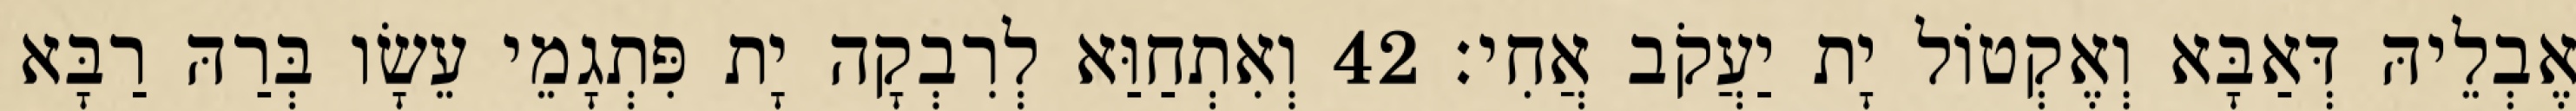
אֶבְלֵיהּ דְּאַבָּא וְאֶקְטוֹל יָת יַעֲקֹב אֲחִי׃ 42 וְאִתְחַוַּא לְרִבְקָה יָת פִּתְגָמֵי עֵשָׂו בְּרַהּ רַבָּא